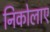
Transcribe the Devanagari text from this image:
निकोलाए